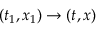
( t _ { 1 } , x _ { 1 } ) \to ( t , x )